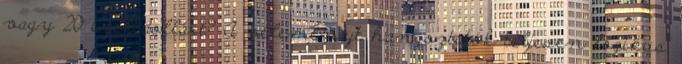
vagy 20 ezer dollárt? A véleményt hangoztatók teljesen logikus